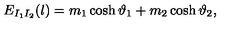
E _ { I _ { 1 } I _ { 2 } } ( l ) = m _ { 1 } \cosh \vartheta _ { 1 } + m _ { 2 } \cosh \vartheta _ { 2 } ,